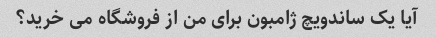
آیا یک ساندویچ ژامبون برای من از فروشگاه می خرید؟